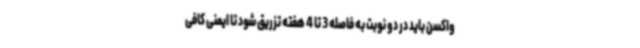
واکسن باید در دو نوبت به فاصله 3 تا 4 هفته تزریق شود تا ایمنی کافی